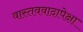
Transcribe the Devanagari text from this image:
वास्तववादापेक्षा